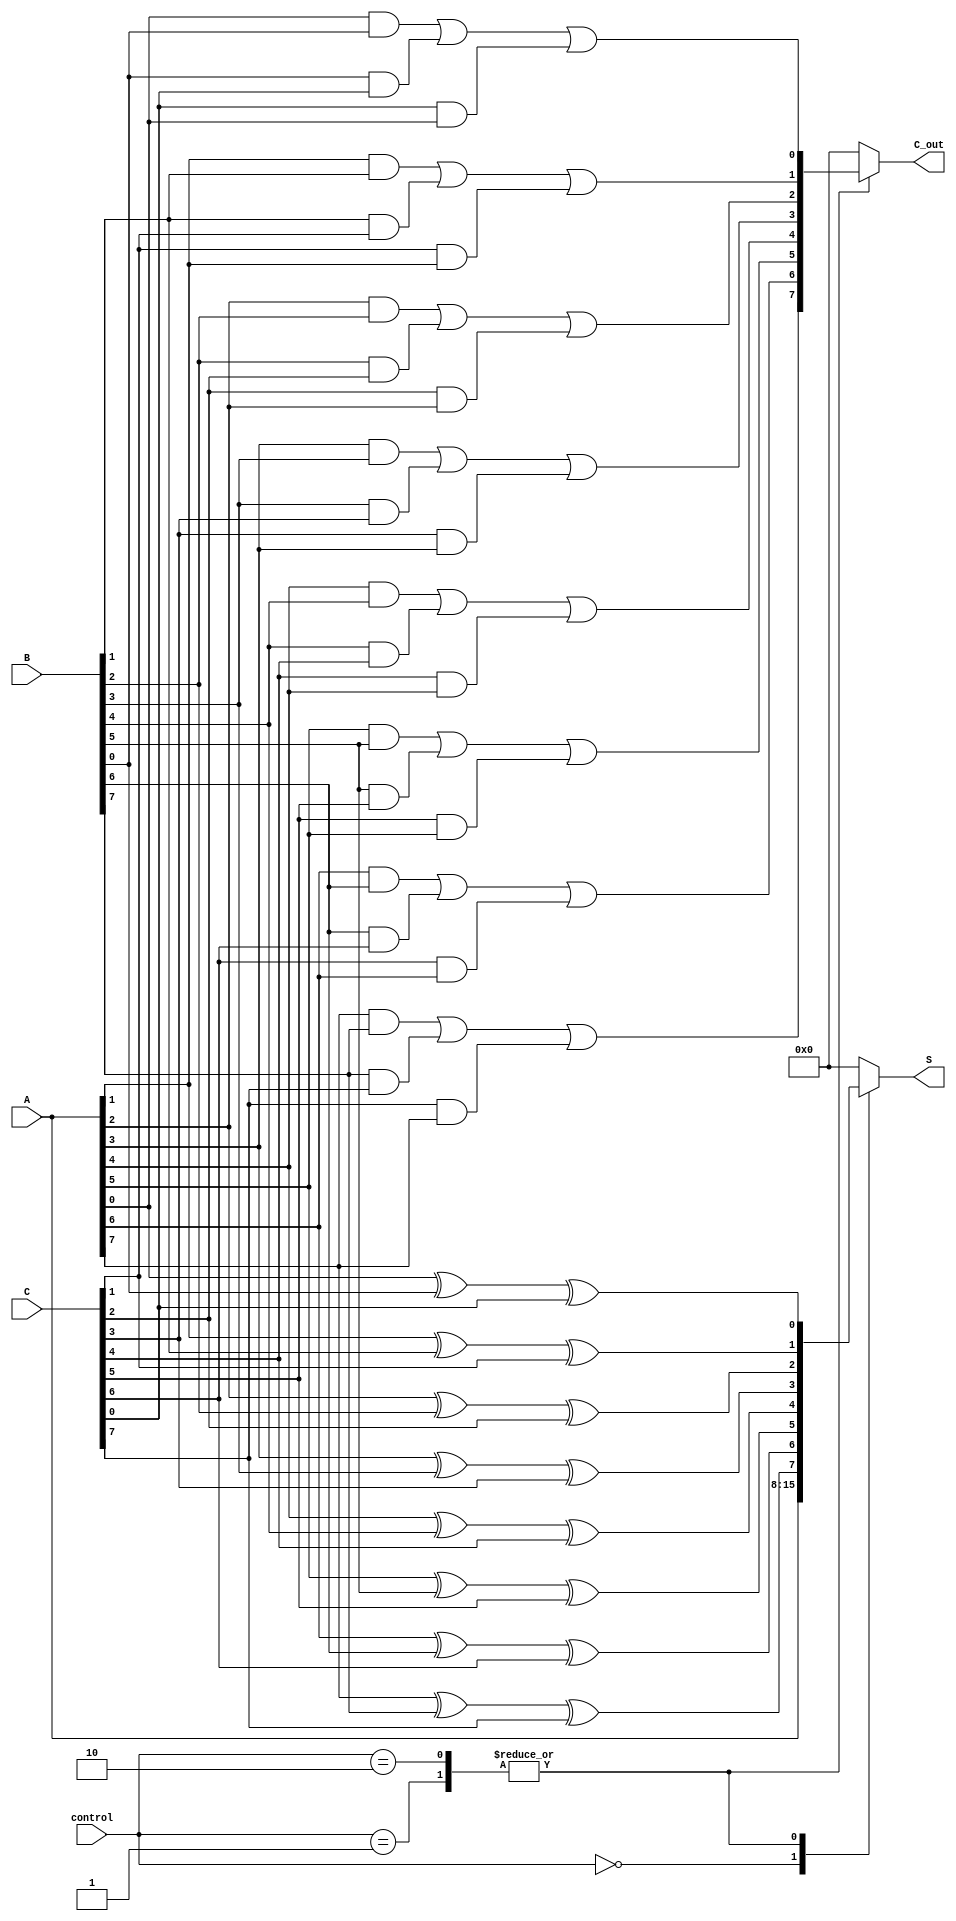
module CarrySaveAdder #(parameter N = 8) (
    input  wire [N-1:0] A,    // First operand
    input  wire [N-1:0] B,    // Second operand
    input  wire [N-1:0] C,    // Third operand
    input  wire [1:0] control, // Control signal to select number of operands
    output reg  [N-1:0] S,     // Intermediate sum output
    output reg  [N-1:0] C_out   // Carry output
);

    // Intermediate carry and sum
    wire [N-1:0] sum_temp;
    wire [N-1:0] carry_temp;

    // Full Adder Logic
    genvar i;
    generate
        for (i = 0; i < N; i = i + 1) begin : CSA_Bitwise_Addition
            // Calculate sum and carry for each bit
            assign sum_temp[i] = A[i] ^ B[i] ^ C[i]; // Sum using XOR
            assign carry_temp[i] = (A[i] & B[i]) | (B[i] & C[i]) | (C[i] & A[i]); // Carry using AND/OR
        end
    endgenerate

    // Control Logic to manage output based on the number of operands
    always @(*) begin
        case(control)
            2'b00: begin // Only A
                S = A;
                C_out = 0;
            end
            2'b01: begin // A + B
                S = sum_temp;
                C_out = carry_temp;
            end
            2'b10: begin // A + B + C
                S = sum_temp;
                C_out = carry_temp;
            end
            default: begin
                S = 0;
                C_out = 0;
            end
        endcase
    end

endmodule